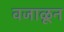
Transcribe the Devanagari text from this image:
वजाळून